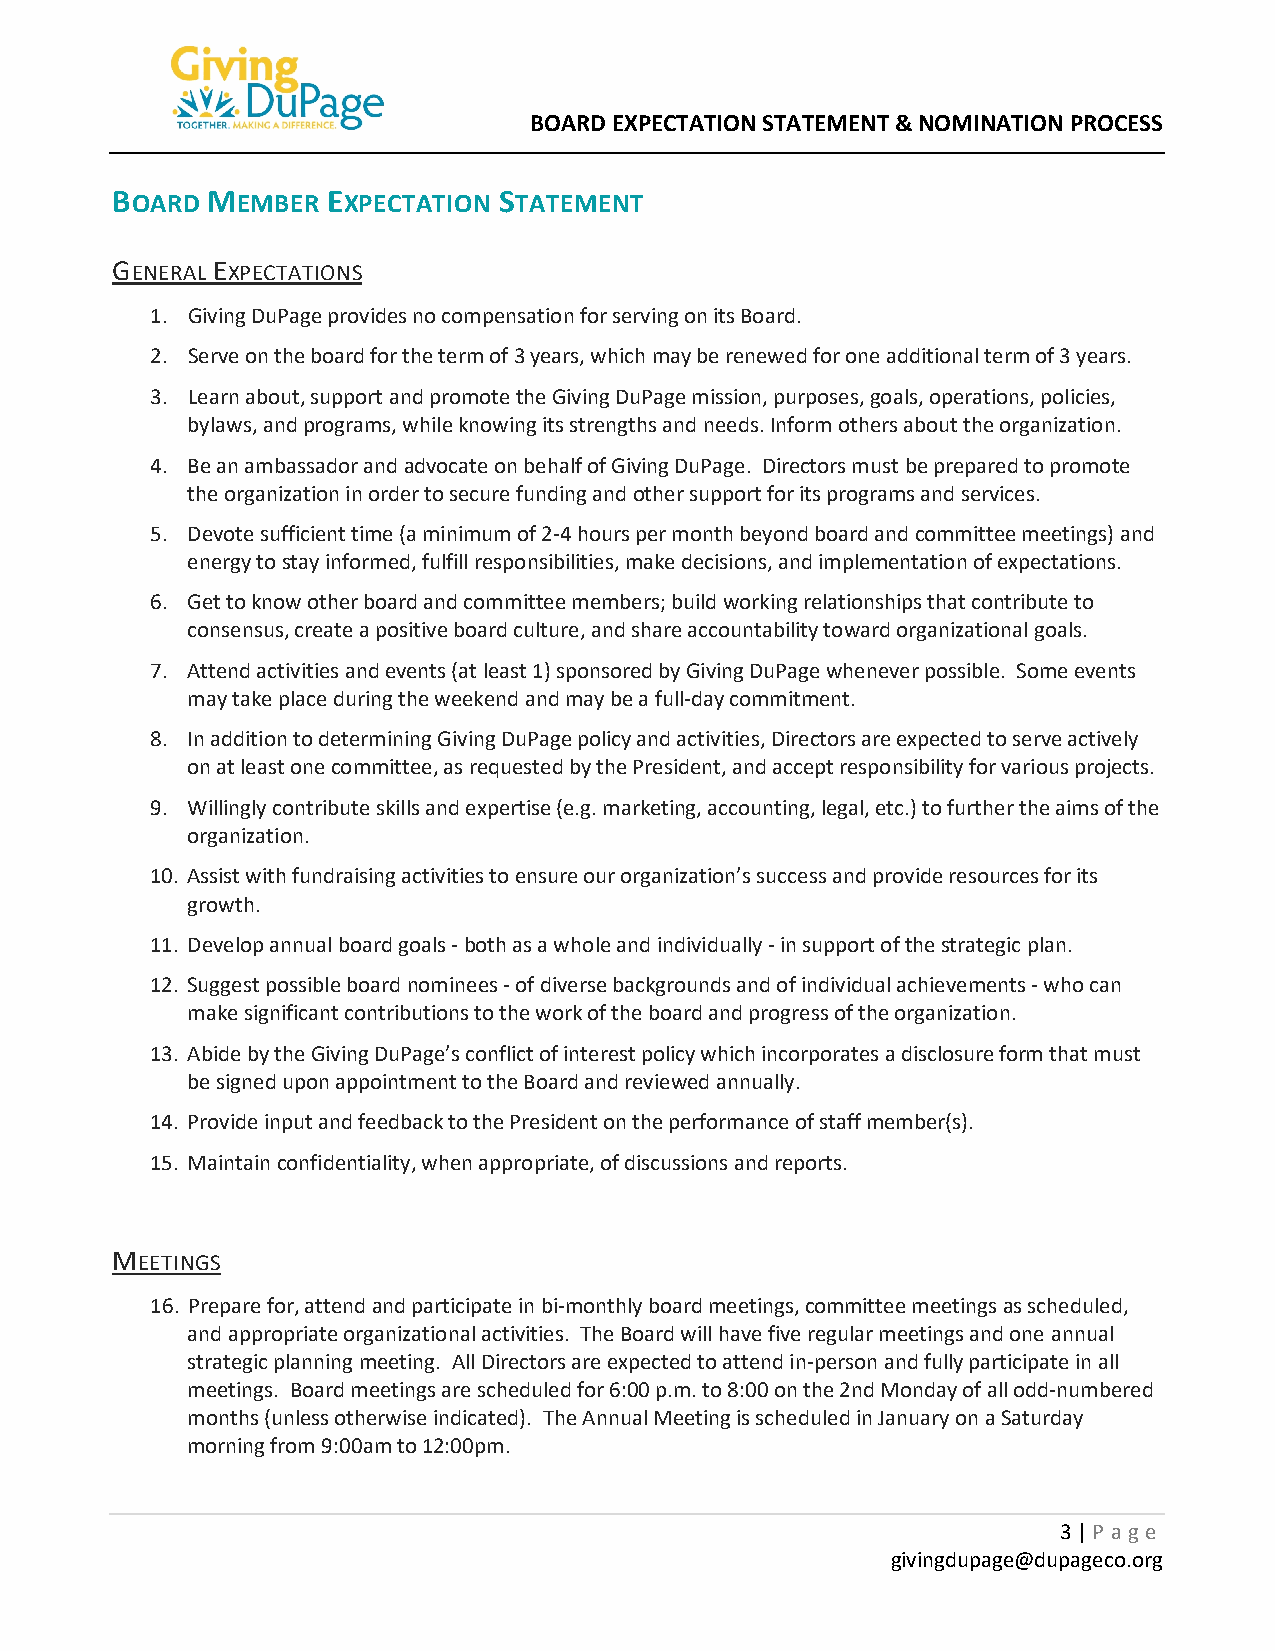
BOARD EXPECTATION STATEMENT & NOMINATION PROCESS
 BOARD  MEMBER  EXPECTATION STATEMENT
 GENERAL EXPECTATIONS
 1. Giving DuPage provides no compensation for serving on its Board.
 2. Serve on the board for the term of 3 years, which may be renewed for one additional term of 3 years.
 3. Learn about, support and promote the Giving DuPage mission, purposes, goals, operations, policies,
 bylaws, and programs, while knowing its strengths and needs. Inform others about the organization.
 4. Be an ambassador and advocate on behalf of Giving DuPage. Directors must be prepared to promote
 the organization in order to secure funding and other support for its programs and services.
 5. Devote sufficient time (a minimum of 2-4 hours per month beyond board and committee meetings) and
 energy to stay informed, fulfill responsibilities, make decisions, and implementation of expectations.
 6. Get to know other board and committee members; build working relationships that contribute to
 consensus, create a positive board culture, and share accountability toward organizational goals.
 7. Attend activities and events (at least 1) sponsored by Giving DuPage whenever possible. Some events
 may take place during the weekend and may be a full-day commitment.
 8. In addition to determining Giving DuPage policy and activities, Directors are expected to serve actively
 on at least one committee, as requested by the President, and accept responsibility for various projects.
 9. Willingly contribute skills and expertise (e.g. marketing, accounting, legal, etc.) to further the aims of the
 organization.
 10. Assist with fundraising activities to ensure our organization’s success and provide resources for its
 growth.
 11. Develop annual board goals - both as a whole and individually - in support of the strategic plan.
 12. Suggest possible board nominees - of diverse backgrounds and of individual achievements - who can
 make significant contributions to the work of the board and progress of the organization.
 13. Abide by the Giving DuPage’s conflict of interest policy which incorporates a disclosure form that must
 be signed upon appointment to the Board and reviewed annually.
 14. Provide input and feedback to the President on the performance of staff member(s).
 15. Maintain confidentiality, when appropriate, of discussions and reports.
 MEETINGS
 16. Prepare for, attend and participate in bi-monthly board meetings, committee meetings as scheduled,
 and appropriate organizational activities. The Board will have five regular meetings and one annual
 strategic planning meeting. All Directors are expected to attend in-person and fully participate in all
 meetings. Board meetings are scheduled for 6:00 p.m. to 8:00 on the 2nd Monday of all odd-numbered
 months (unless otherwise indicated). The Annual Meeting is scheduled in January on a Saturday
 morning from 9:00am to 12:00pm.
 3 | P age
 givingdupage@dupageco.org